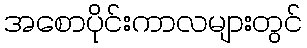
အစောပိုင်းကာလများတွင်